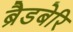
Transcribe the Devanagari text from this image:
ब्रैडबेरि